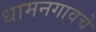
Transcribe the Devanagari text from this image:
धामनगावचे